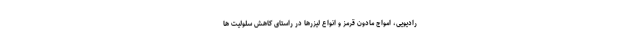
رادیویی، امواج مادون قرمز و انواع لیزرها در راستای کاهش سلولیت ها